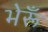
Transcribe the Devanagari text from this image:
भेरूँ